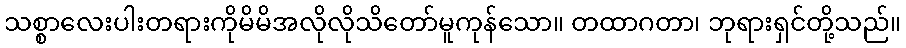
သစ္စာလေးပါးတရားကိုမိမိအလိုလိုသိတော်မူကုန်သော။ တထာဂတာ၊ ဘုရားရှင်တို့သည်။